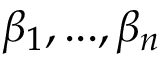
\beta _ { 1 } , . . . , \beta _ { n }